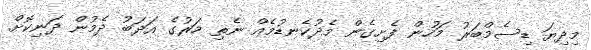
މިދިޔަ ޑިސެމްބަރު މަހުން ފެށިގެން މެދުކެނޑުމެއް ނެތި މަރުގެ އަދަބު ދެމުން ދަނިކޮށް